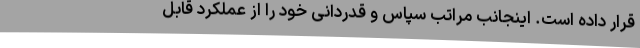
قرار داده است. اینجانب مراتب سپاس و قدردانی خود را از عملکرد قابل